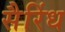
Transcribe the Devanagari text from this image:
सैरिंध